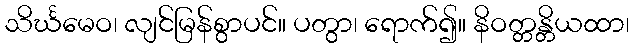
သိင်္ဃမေဝ၊ လျင်မြန်စွာပင်။ ပတွာ၊ ရောက်၍။ နိဝတ္တန္တိယထာ၊